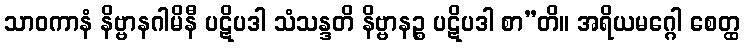
သာဝကာနံ နိဗ္ဗာနဂါမိနီ ပဋိပဒါ သံသန္ဒတိ နိဗ္ဗာနဉ္စ ပဋိပဒါ စာ”တိ။ အရိယမဂ္ဂေါ စေတ္ထ